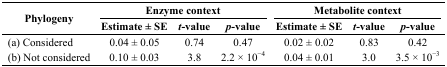
<table><thead><tr><td rowspan="2"><b>Phylogeny</b></td><td colspan="3"><b>Enzyme context</b></td><td colspan="3"><b>Metabolite context</b></td></tr><tr><td><b>Estimate ± SE</b></td><td><b><i>t</i>-value</b></td><td><b><i>p</i>-value</b></td><td><b>Estimate ± SE</b></td><td><b><i>t</i>-value</b></td><td><b><i>p</i>-value</b></td></tr></thead><tbody><tr><td>(a) Considered</td><td>0.04 ± 0.05</td><td>0.74</td><td>0.47</td><td>0.02 ± 0.02</td><td>0.83</td><td>0.42</td></tr><tr><td>(b) Not considered</td><td>0.10 ± 0.03</td><td>3.8</td><td>2.2 × 10<sup>−4</sup></td><td>0.04 ± 0.01</td><td>3.0</td><td>3.5 × 10<sup>−3</sup></td></tr></tbody></table>